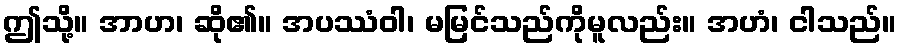
ဤသို့။ အာဟ၊ ဆို၏။ အပဿံဝါ၊ မမြင်သည်ကိုမူလည်း။ အဟံ၊ ငါသည်။